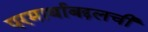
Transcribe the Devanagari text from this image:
परमार्थाबद्दलची